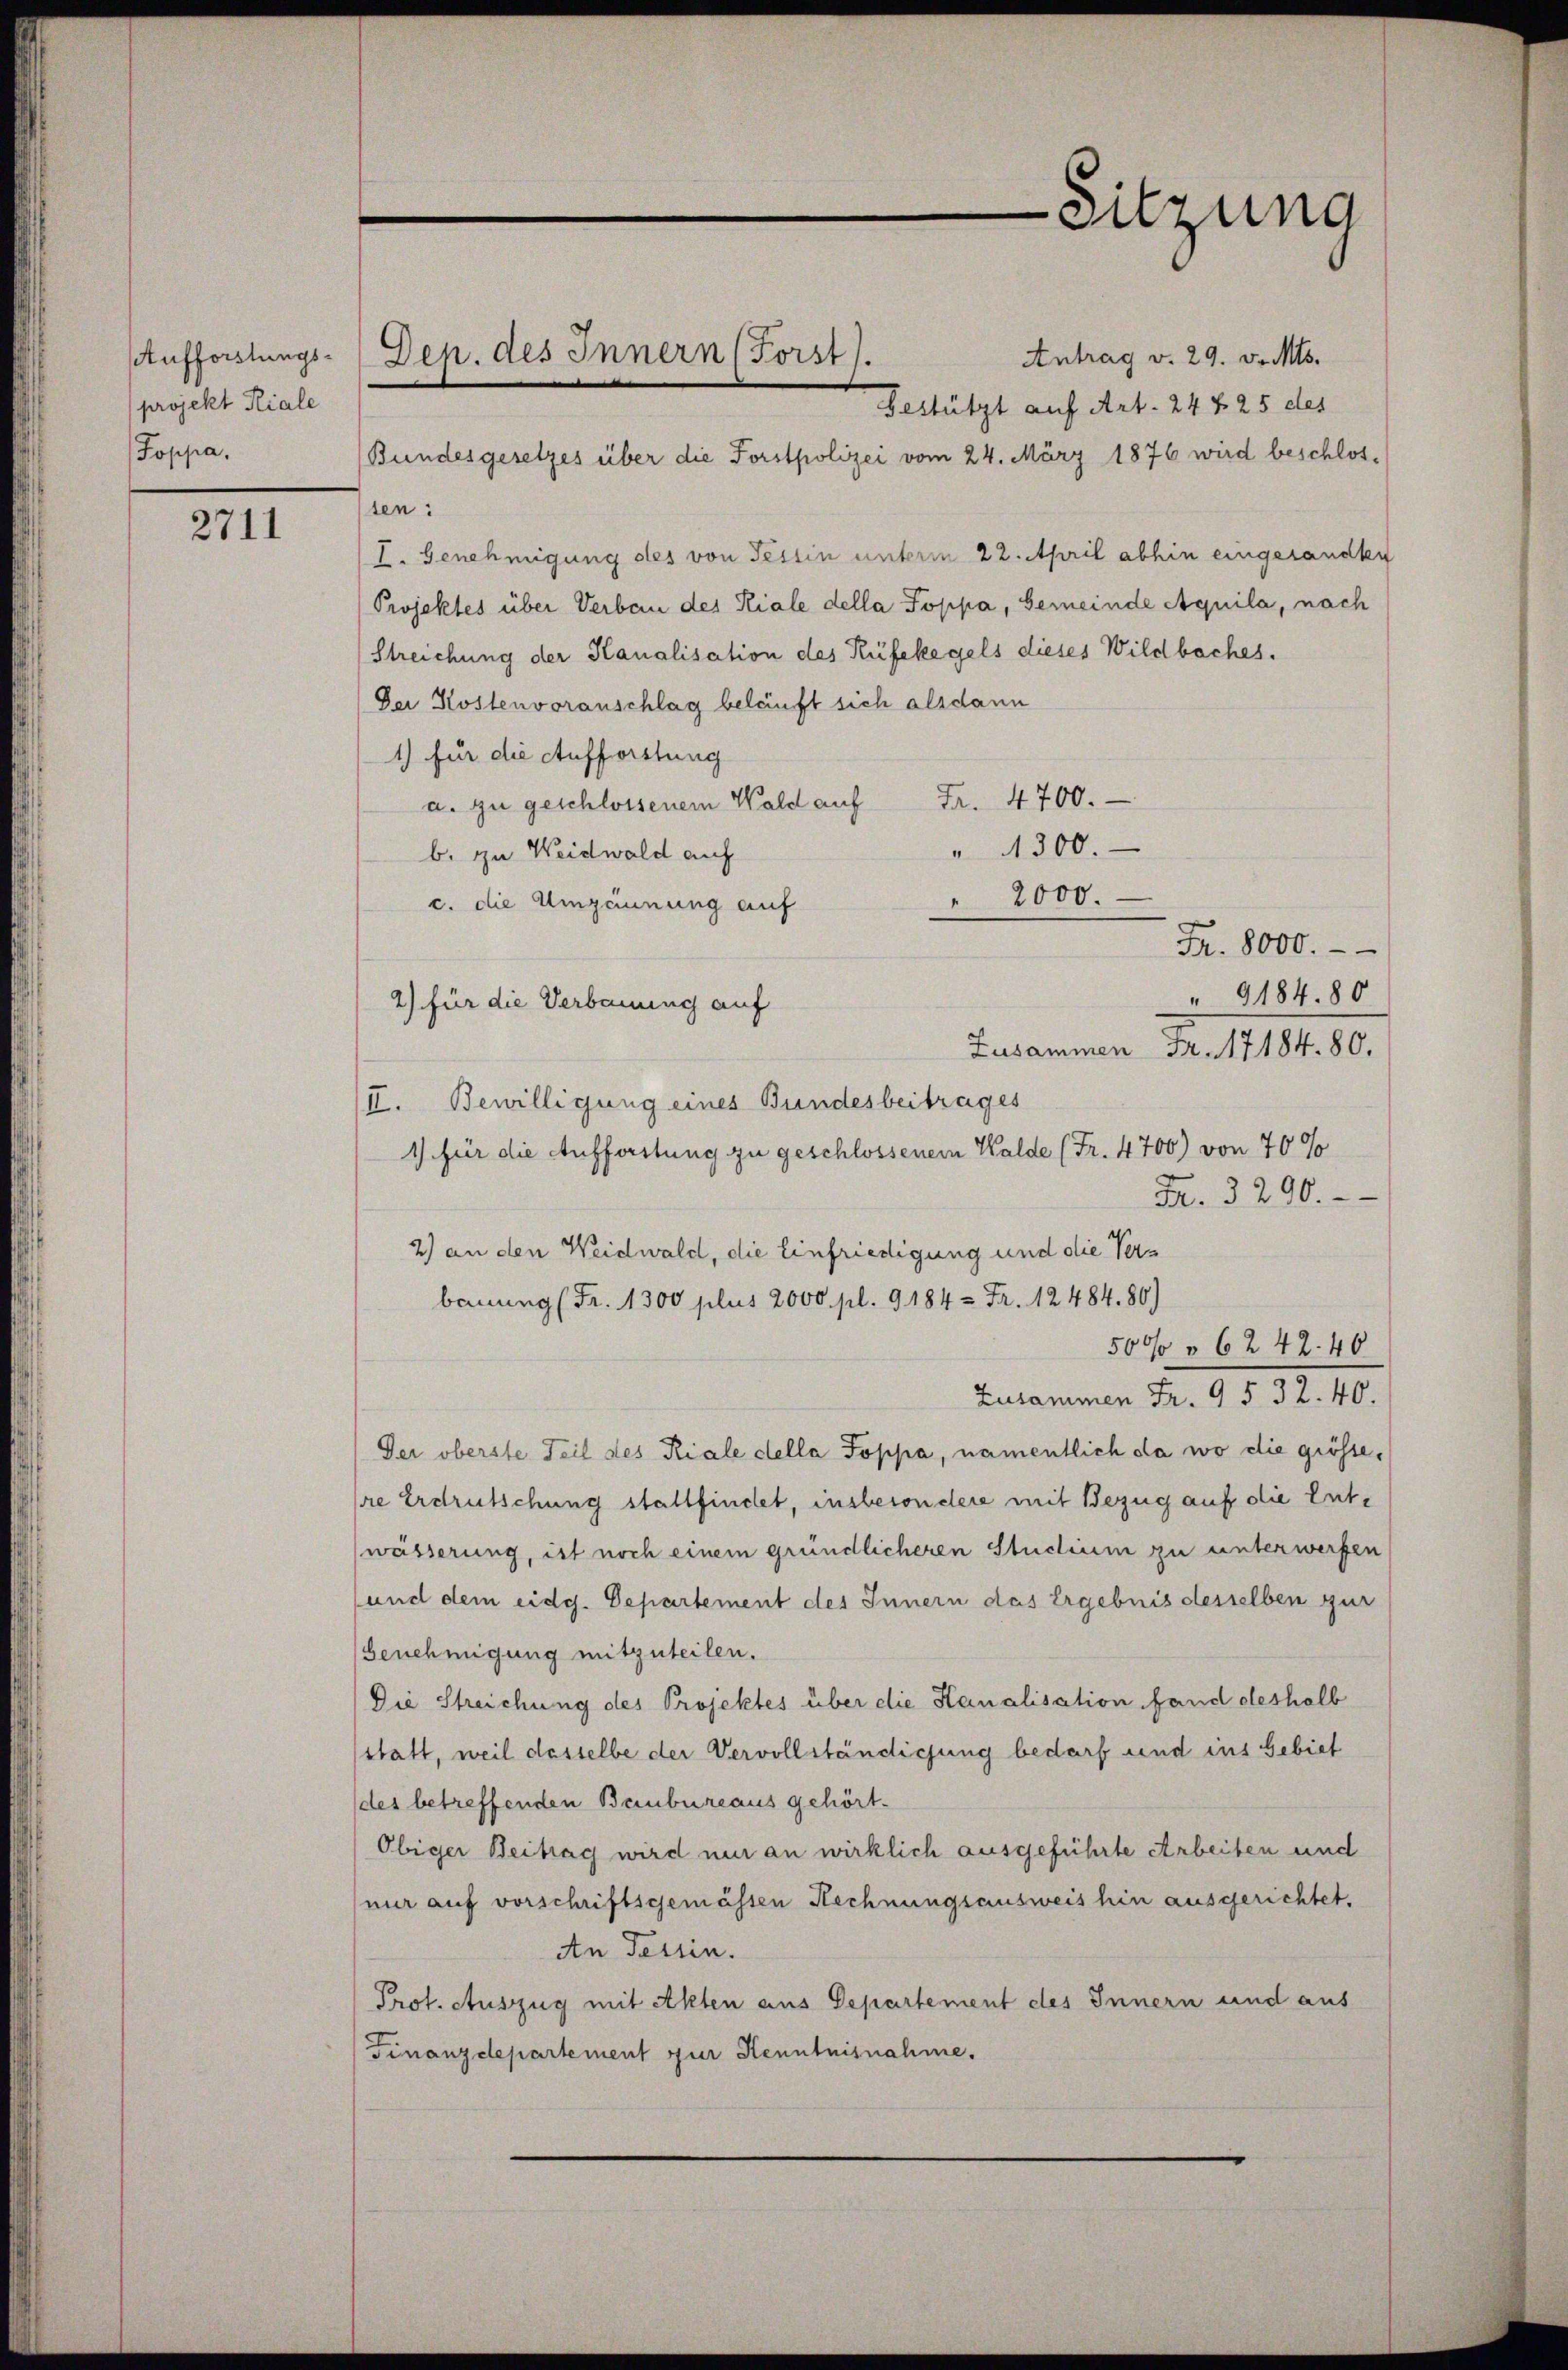
Aufforstungsprojekt Kiale
Poppa.

2711

Antrag v. 29. v. Mts.
Bestützt auf Art. 24 f. 25 des
Bundesgesetzes über die Forstpolizei vom 24. März 1876 wird beschlos-
ten:
I. Genehmigung des von Tessin unterm 22. April abhin eingesandten
Projektes über Verbau des Kiale della Poppa, Gemeinde Aquila, nach
Streichung der Kanalisation des Rüfekegels dieses Wildbaches.
Der Kostenvoranschlag beläuft sich alsdann
1) für die Aufforstung
a. zu geschlossenem Wald auf Fr. 4700.
" 4300.
b. zu Weidwald auf
2000.
c. die Umzäunung auf
Fr. 8000.
" 9184. 80
2) für die Verbauung auf
Zusammen M. 11184. 80.
II. Bewilligung eines Bundesbeitrages
1) für die Aufforstung zu geschlossenem Walde (Fr. 4700) von 70 %
Fr. 3290.
2) an den Weidwald, die Einfriedigung und die Verbauung (Fr. 1300 plus 2000 pl. 9184 = Fr. 12484. 80)
50% § 6242. 40
Zusammen Fr. 9 § 32. 40.
Der oberste Teil des Riale della Poppa, namentlich da wo die grösse,
re Erdrutschung stattfindet, insbesondere mit Bezug auf die Entwässerung, ist noch einem gründlicheren Stuclium zu unterwerfen
und dem eidg. Departement des Innern das Ergebnis desselben zur
Benehmigung mitzuteilen.
Die Streichung des Projektes über die Kanalisation fand deshalb
statt, weil desselbe der Vervollständigung bedarf und ins Gebiet
des betreffenden Baubureaus gehört.
Obiger Beitrag wird nur an wirklich ausgeführte Arbeiten und
nur auf vorschriftsgemässen Rechnungsausweis hin ausgerichtet.
An Tessin.
Prot. Auszug mit Akten aus Departement des Innern und aus
Finanzdepartement zur Kenntnisnahme.
.

Dep. des Innern (Forst.

-Sitzung